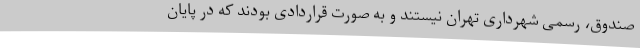
صندوق، رسمی شهرداری تهران نیستند و به صورت قراردادی بودند که در پایان